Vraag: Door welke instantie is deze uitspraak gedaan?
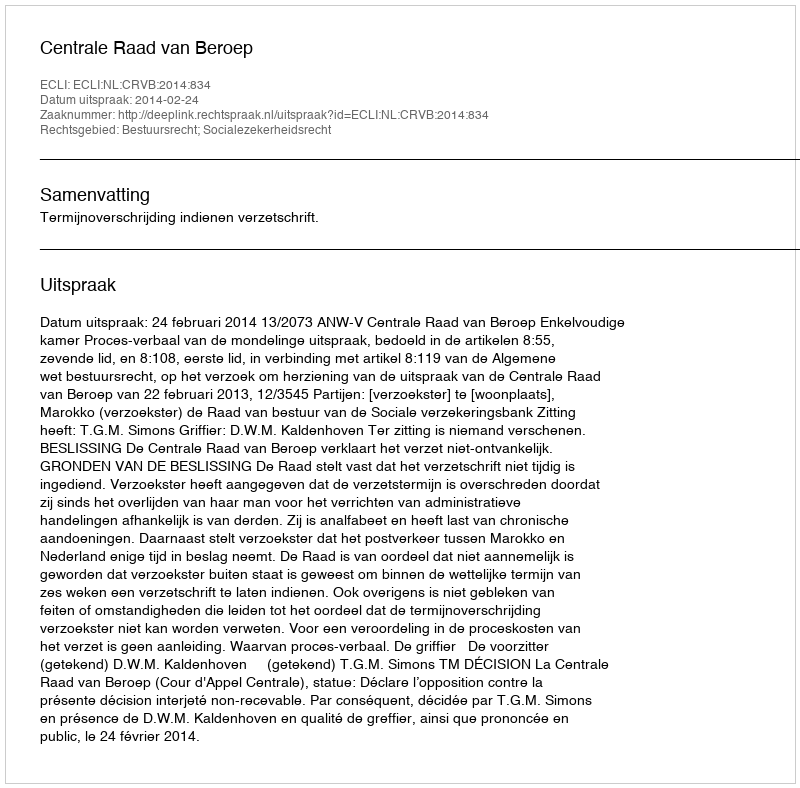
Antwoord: Centrale Raad van Beroep